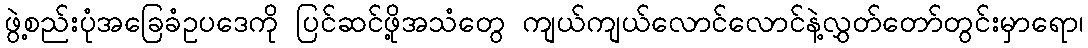
ဖွဲ့စည်းပုံအခြေခံဥပဒေကို ပြင်ဆင်ဖို့အသံတွေ ကျယ်ကျယ်လောင်လောင်နဲ့လွှတ်တော်တွင်းမှာရော၊